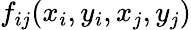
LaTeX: f_{ij}(x_{i},y_{i},x_{j},y_{j})